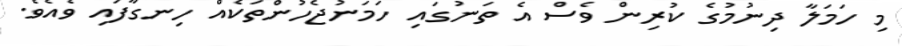
މި ހަމަލާ ދިނުމުގެ ކުރިން ވެސް އެ ތަނުގައި ހަމަނުޖެހުންތަކެއް ހިނގާފައި ވެއެވެ.